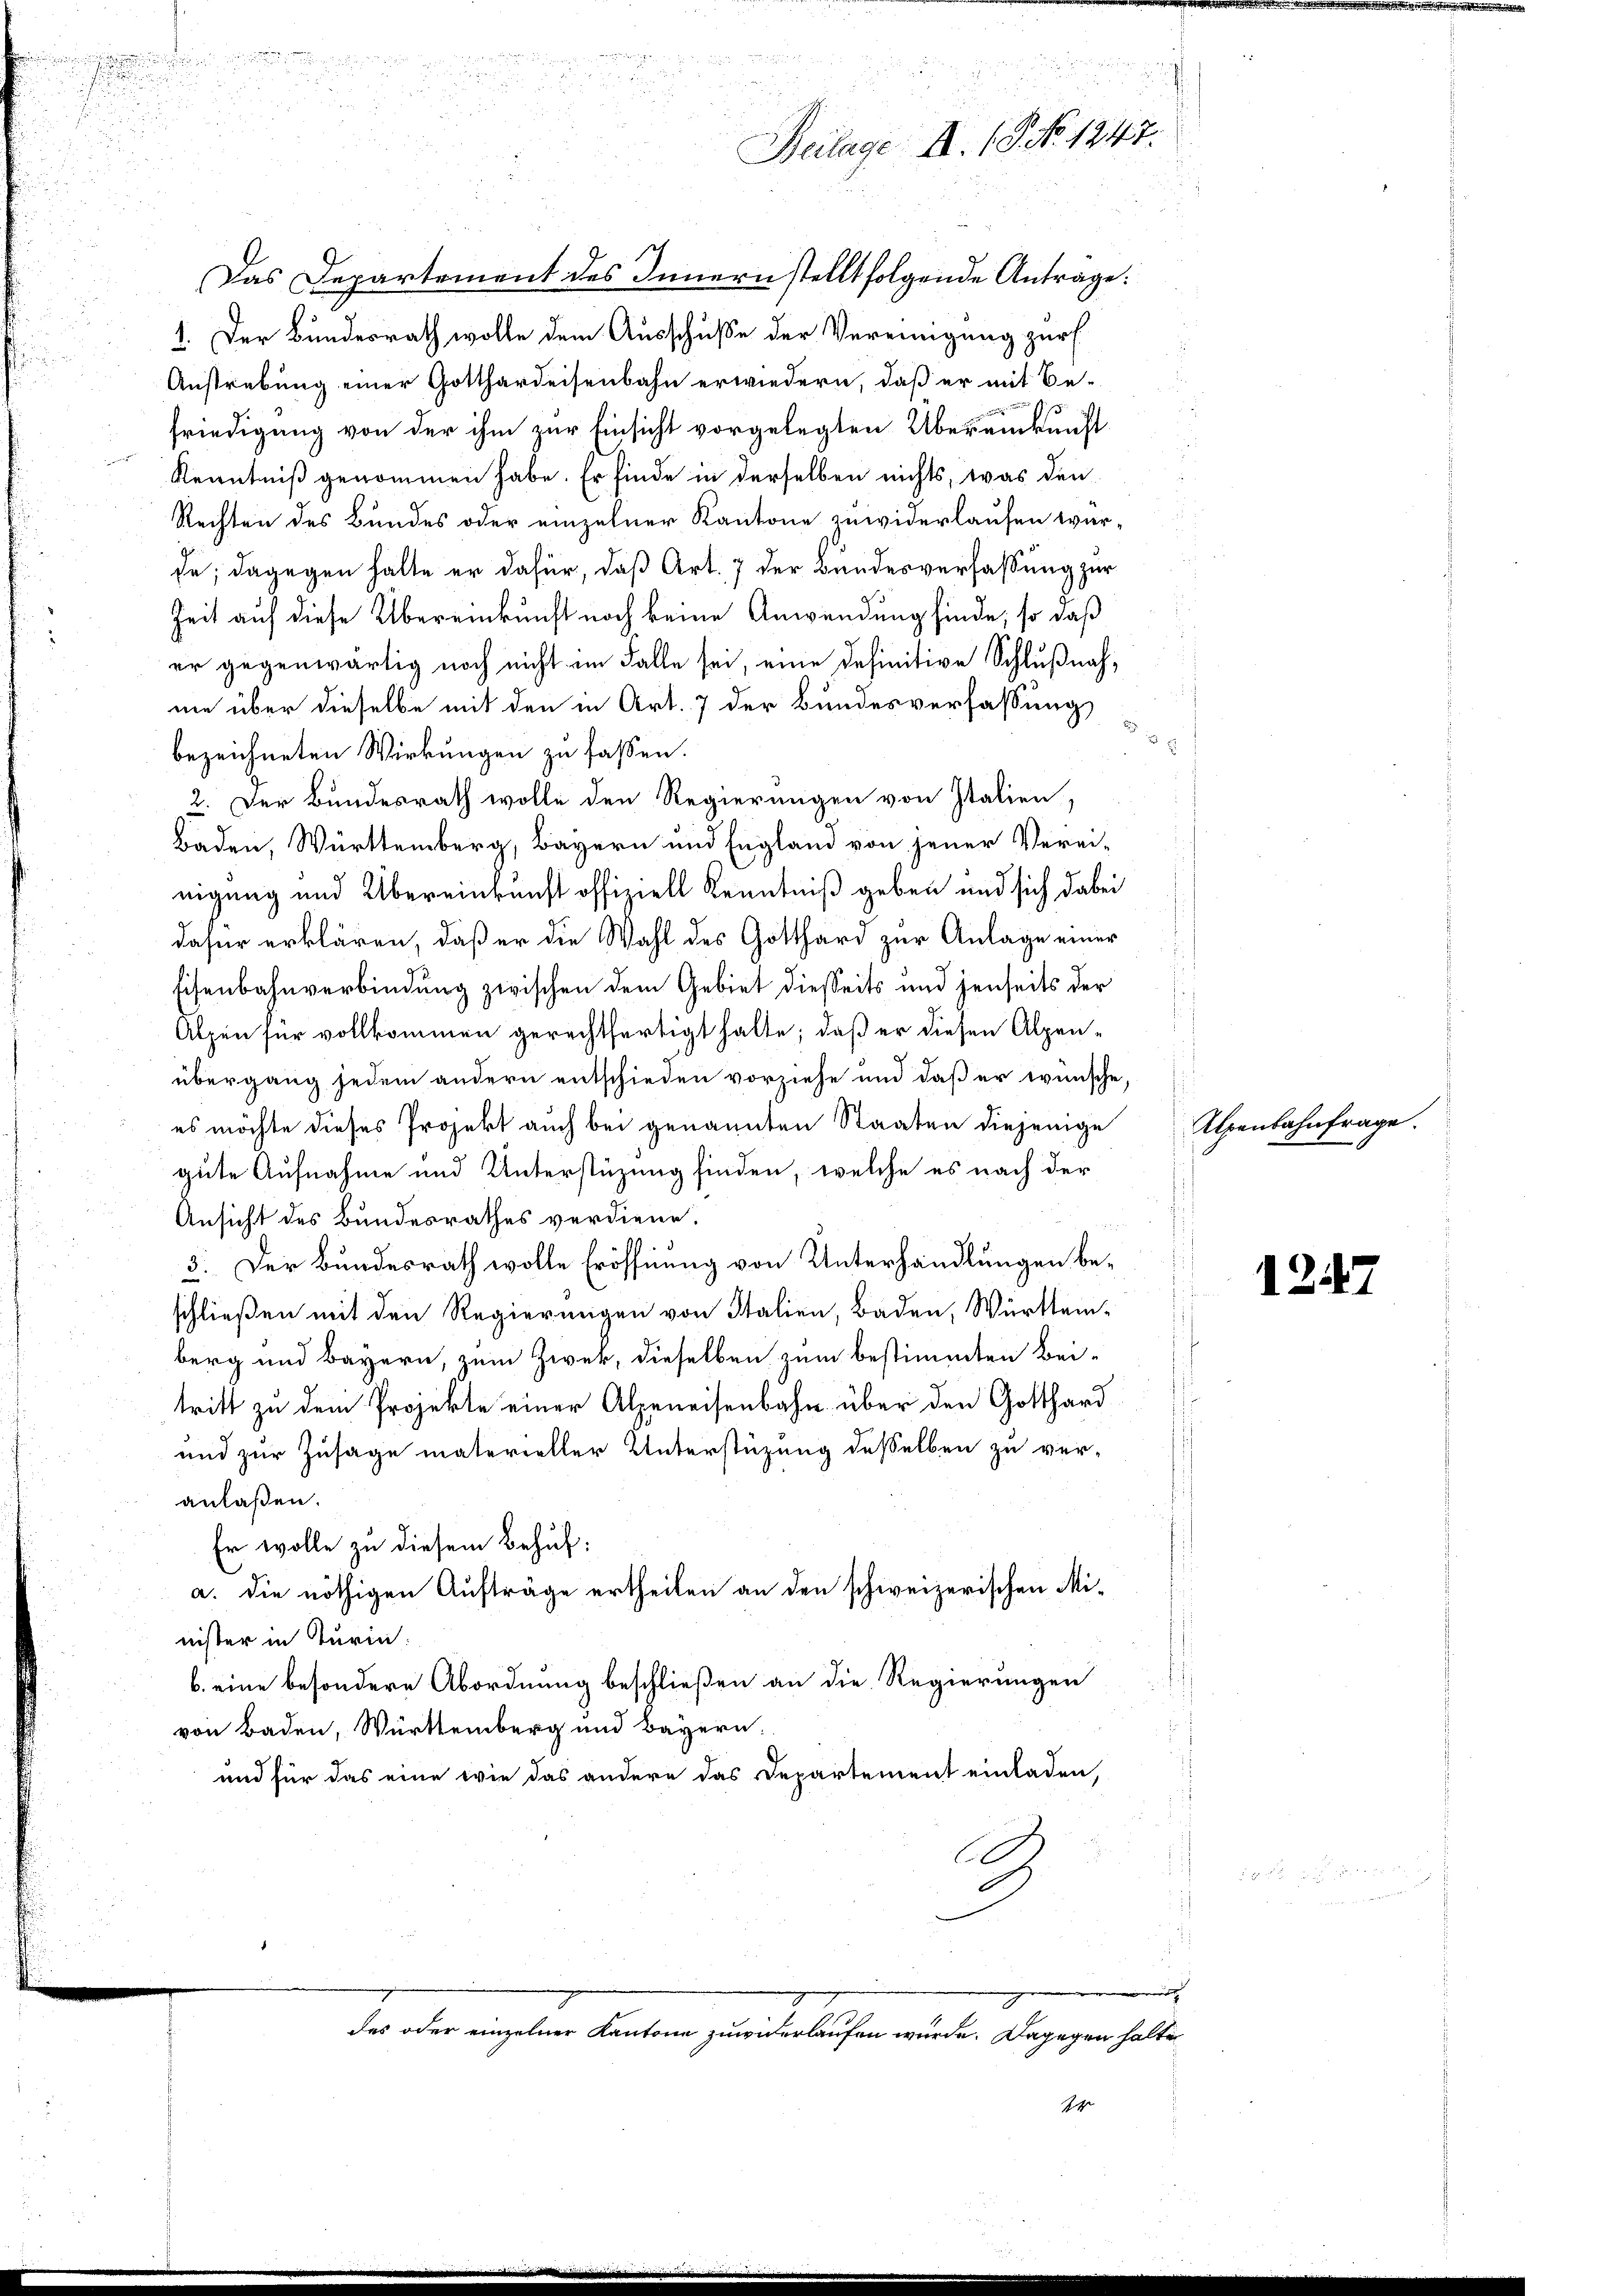
i

2
d

u
5 x

8
.
d
i
e
u
Beilage A. 19 No 1247.

Das Departement des Innern stellt folgende Antrage:
1. Der Bundesrath wolle dem Ausschusse der Vereinigung zur
Anstrebung einer Gotthardeisenbahn erwiedern, daß er mit Be-
friedigung von der ihm zur Einsicht vorgelegten Übereinkunft
Kenntniß genommen habe. Er finde in derselben nichts, was den
Rechten des Bundes oder einzelner Kantone zuwiderlaufen war-
de; dagegen halte er dafür, daß Art. 7 der Bundesverfassung zur
Zeit auf diese Übereinkunft noch keine Anwendung finde, so daß
er gegenwärtig noch nicht im Falle sei, eine definitive Schlußnahnie über dieselbe mit den in Art. 7 der Bundesverfassung
bezeichneten Wirkungen zu fassen.
2. Der Bundesrath wolle den Regierungen von Italien,
Baden, Württemberg, Bayern und England von jener Verei-
nigung und Übereinkunft offiziell Kenntniß geben und sich dabei
dafür erklären, daß er die Wahl des Gotthard zur Anlage einer
Eisenbahnverbindung zwischen dem Gebiet diesseits und jenseits der
Alpen für vollkommen gerechtfertigt hatte; daß er diesen Alpenübergang jedem andern entschieden vorziehe und daß er wünsche,
es möchte dieses Projekt auch bei genannten Staaten diejenige
gute Aufnahme und Unterstüzung finden, welche es nach der
Ansicht des Bundesrathes verdiene.
3. Der Bundesrath wolle Eröffnung von Unterhandlungen beschließen mit den Regierungen von Italien, Baden, Württem-
berg und Bayern, zum Zwek, dieselben zum bestimmten Beitritt zu dem Projekte einer Alpeneisenbahn über den Gotthard
und zur Zusage materieller Unterstützung desselben zu ver-
anlaßen.
Er wolle zu diesem Behuf:
a. die nöthigen Aufträge ertheilen an den schweizerischen Minister in Turin.
b. eine besondere Abordnung beschließen an die Regierungen
von Baden, Württemberg und Bayern.
und für das eine wie das andere das Departement einladen,
.
A
w
g
des oder einzelner Kantone zuwiderlaufen wurde. Dagegen halte
t

Alpenbahnfrage.

1247